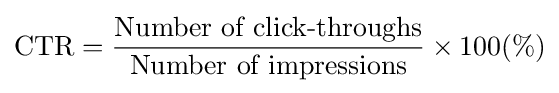
{\text{CTR}}={{\text{Number of click-throughs}} \over {\text{Number of impressions}}}\times 100(\%)